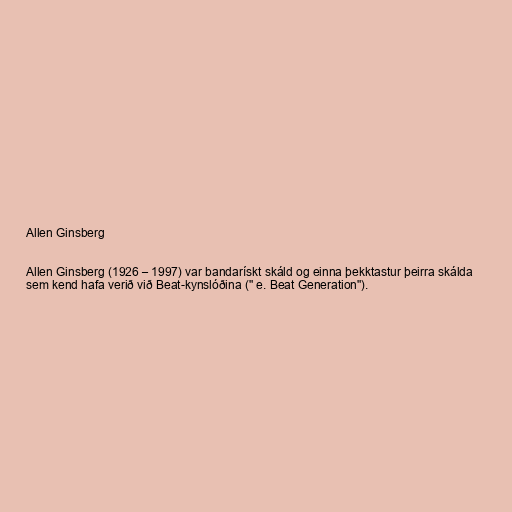
Allen Ginsberg

Allen Ginsberg (1926 – 1997) var bandarískt skáld og einna þekktastur þeirra skálda
sem kend hafa verið við Beat-kynslóðina (" e. Beat Generation").